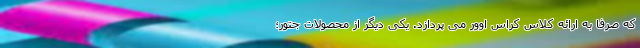
که صرفا به ارائه کلاس کراس اوور می پردازد. یکی دیگر از محصولات جتور؛